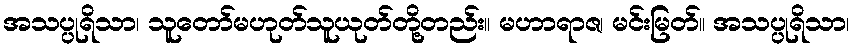
အသပ္ပုရိသာ၊ သူတော်မဟုတ်သူယုတ်တို့တည်း။ မဟာရာဇ၊ မင်းမြတ်။ အသပ္ပုရိသာ၊